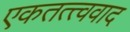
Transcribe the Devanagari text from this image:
एकतत्त्ववाद